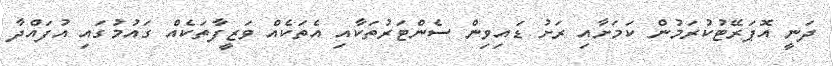
ދަނީ އޮޕަރޭޓުކުރަމުން ކަމަށާއި ރަށު ޑައިވިން ސެންޓަރުތަކާއި އެތަކެއް ވަޒީފާތަކެއް ގައުމުގައި އުފައްދާ